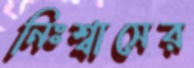
নিঃশ্বাসের